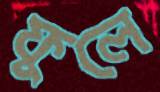
ফুলে